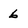
Character: 6